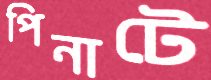
পিনাটে